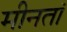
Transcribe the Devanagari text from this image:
मीनतॉ